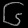
Digit: ၆